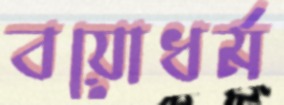
বয়োধর্ম